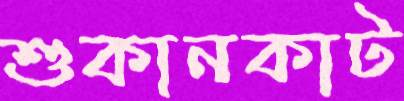
শুকানকাট